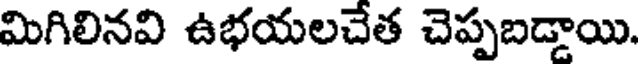
మిగిలినవి ఉభయలచేత చెప్పబడ్డాయి.